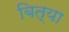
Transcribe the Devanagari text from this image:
बित्या